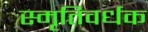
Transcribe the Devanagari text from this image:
स्मृतिवर्धक